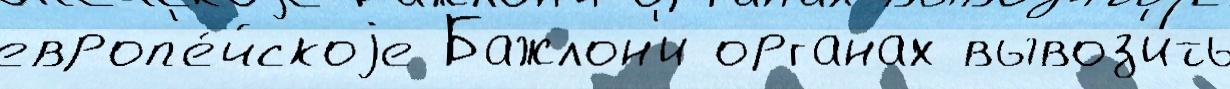
европ'е́йскоjе Бажлон'и органах вывоз'ить